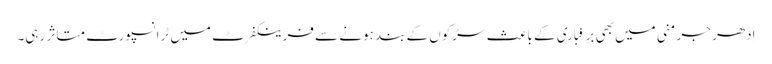
اِدھر جرمنی میں بھی برفباری کے باعث سڑکوں کے بند ہونے سے فرینکفرٹ میں ٹرانسپورٹ متاثر رہی۔